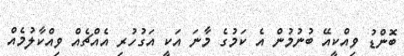
ބޮންޑު ވިއްކީއޭ ބުނުމުން އެ ކަމުގެ މާނަ އަކީ އަގުހުރި އެއްޗެއް ވިއްކާލުމެއް